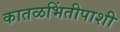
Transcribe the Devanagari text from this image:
कातळभिंतीपाशी